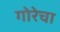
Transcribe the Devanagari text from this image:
गोरेचा